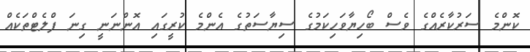
ކޮންމެ ސަރުކާރެއްގެ ވެސް ބޯހިޔާވަހިކަމުގެ ސިޔާސަތުގެ އެންމެ ކުރީގައި އޮންނަނީ ގިނަ ފްލެޓްތަކެއް